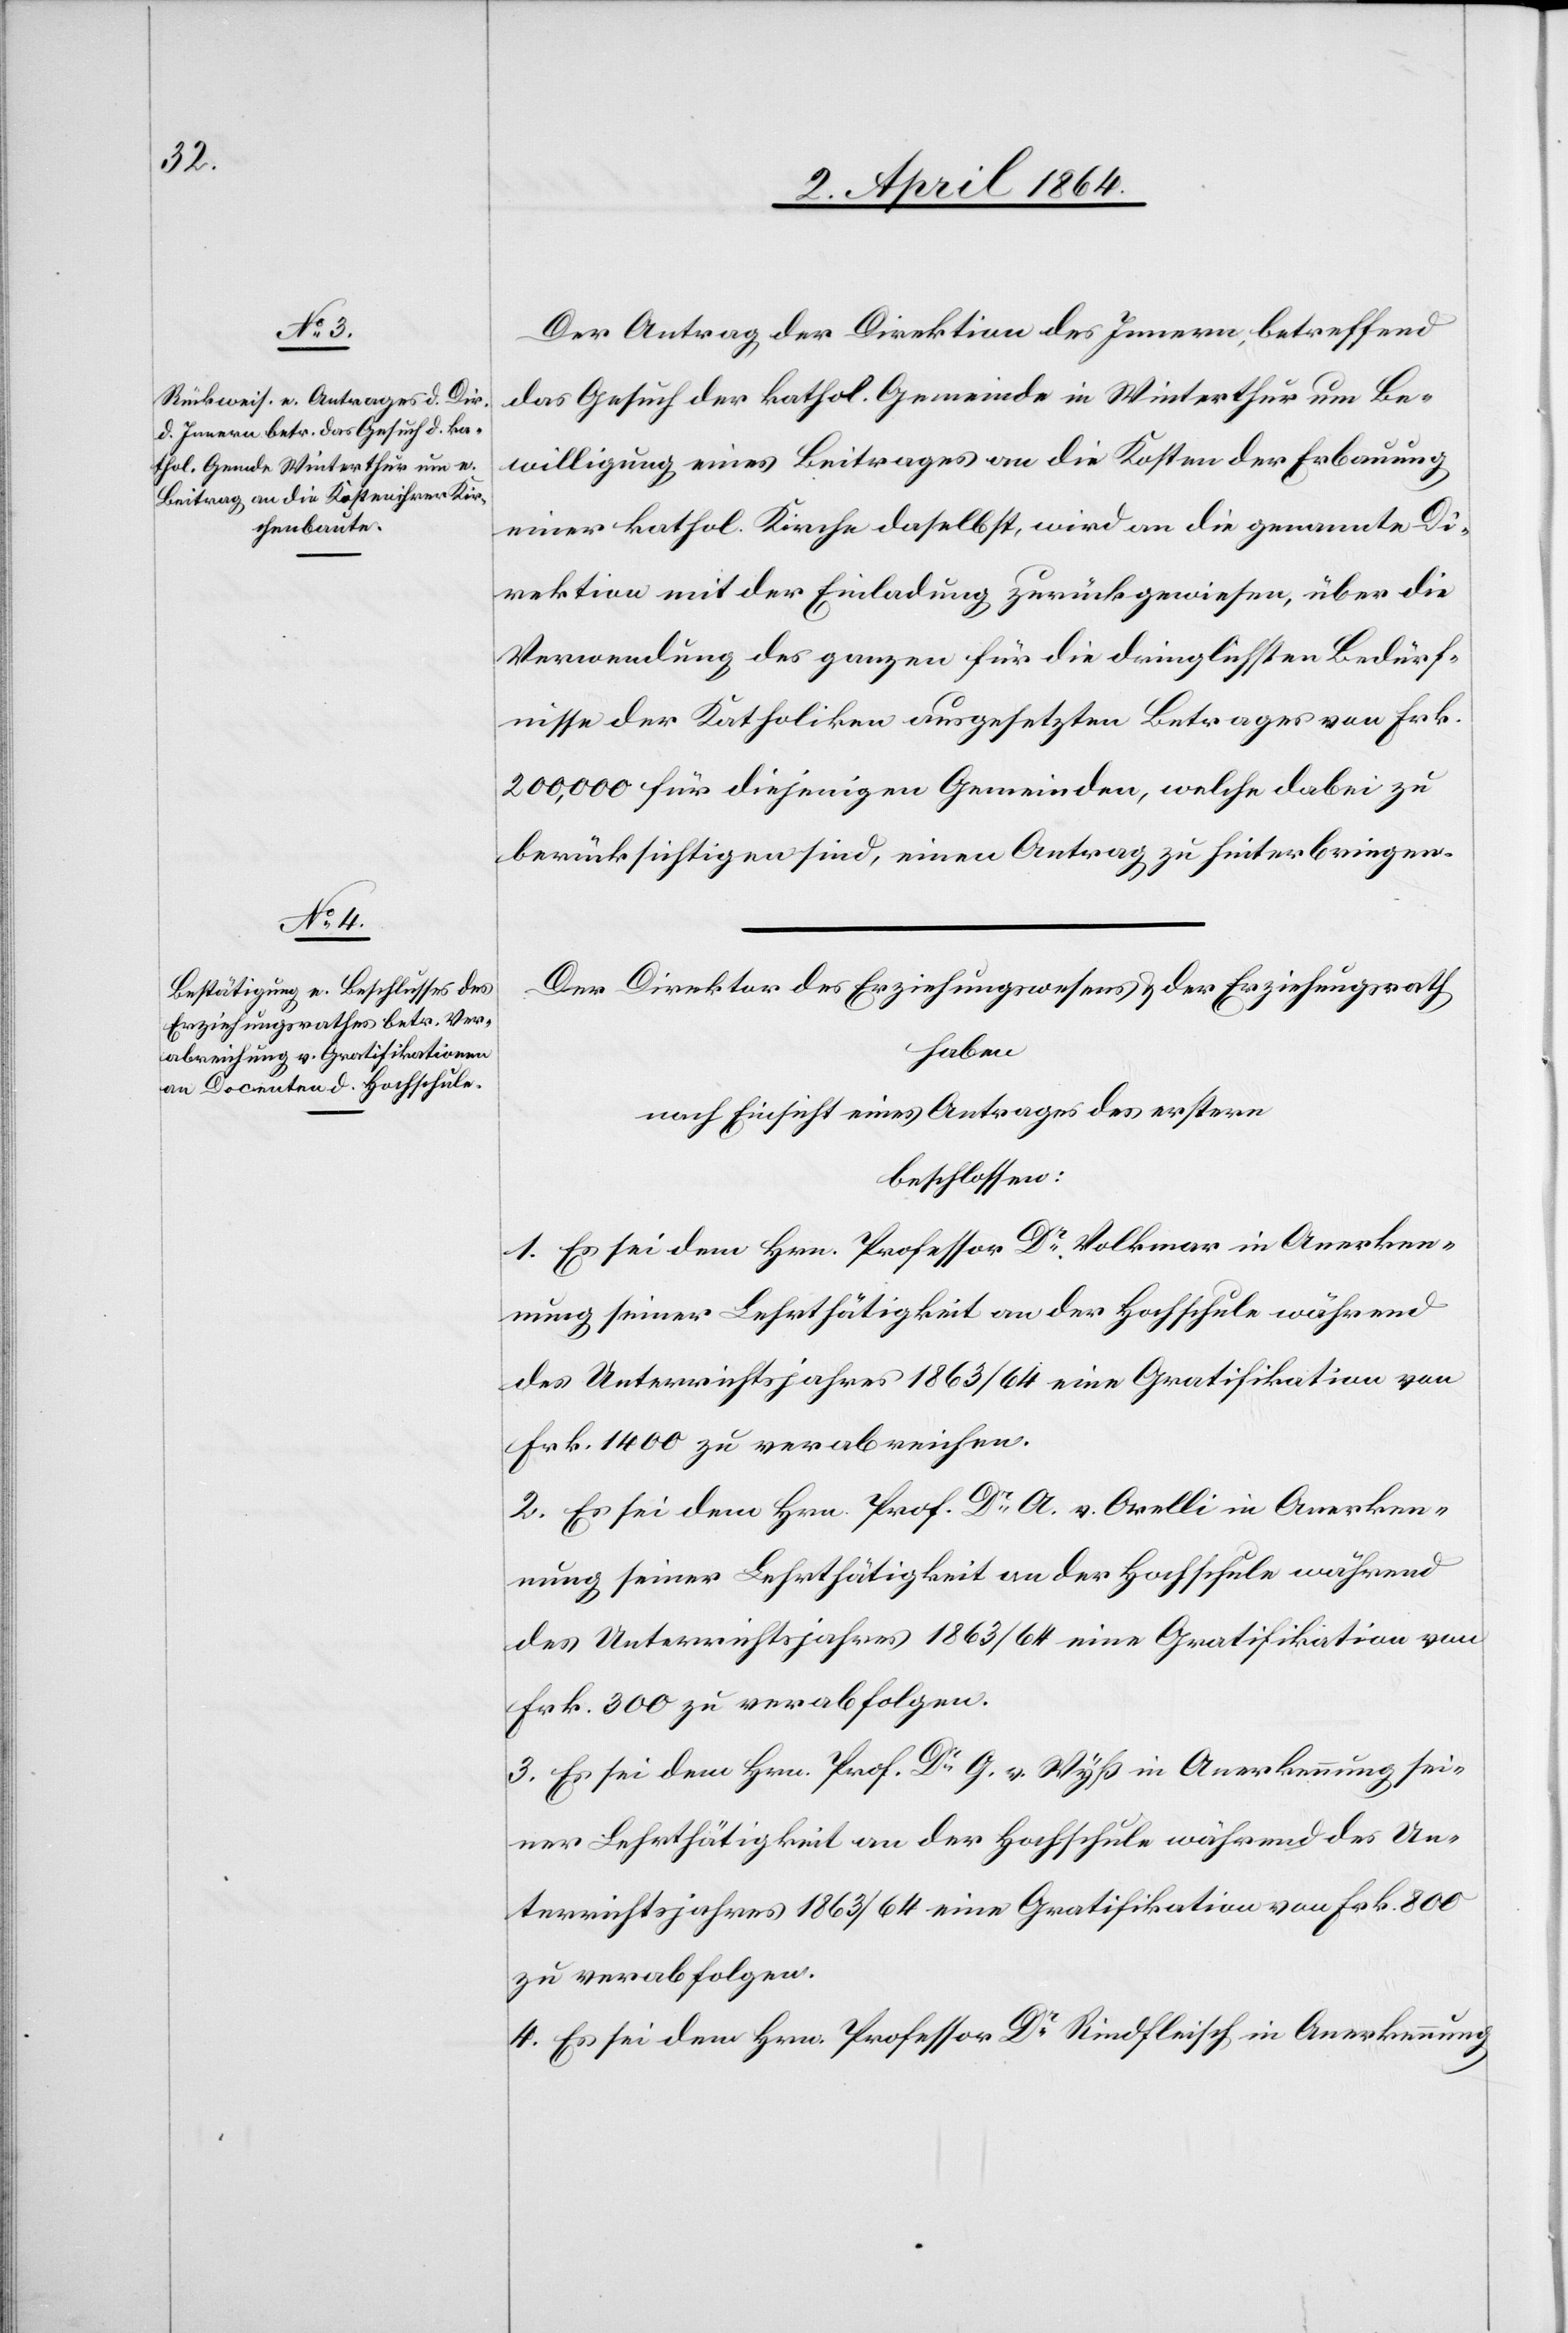
Der Antrag der Direktion des Innern, betreffend
das Gesuch der kathol. Gemeinde in Winterthur um Be¬
willigung eines Beitrages an die Kosten der Erbauung
einer kathol. Kirche daselbst, wird an die genannte Di¬
rektion mit der Einladung zurückgewiesen, über die
Verwendung des ganzen für die dringlichsten Bedürf¬
nisse der Katholiken ausgesetzten Betrages von Frk.
200,000 für diejenigen Gemeinden, welche dabei zu
berücksichtigen sind, einen Antrag zu hinterbringen.
Der Direktor des Erziehungswesens u. der Erziehungsrath
haben
nach Einsicht eines Antrages des erstern
beschlossen:
1. Es sei dem Hrn. Professor Dr Volkmar in Anerken¬
nung seiner Lehrthätigkeit an der Hochschule während
des Unterrichtsjahres 1863/64 eine Gratifikation von
Frk. 1400 zu verabreichen.
2. Es sei dem Hrn. Prof. Dr A. v. Orelli in Anerken¬
nung seiner Lehrthätigkeit an der Hochschule während
des Unterrichtsjahres 1863/64 eine Gratifikation von
Frk. 300 zu verabfolgen.
3. Es sei dem Hrn. Prof. Dr G. v. Wyß in Anerkennung sei¬
ner Lehrthätigkeit an der Hochschule während des Un¬
terrichtsjahres 1863/64 eine Gratifikation von Frk. 800
zu verabfolgen.
4. Es sei dem Hrn. Professor Dr Rindfleisch in Anerkennung